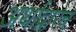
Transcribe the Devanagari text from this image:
अर्थाद्वारेच